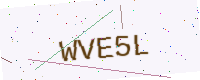
Text: WVE5L